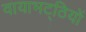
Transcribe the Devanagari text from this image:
वायाभट्ठियों